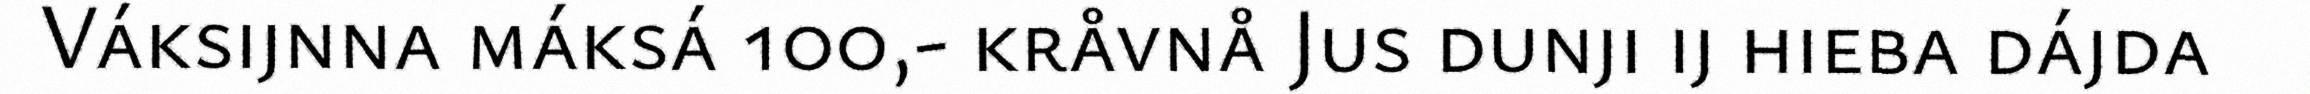
Váksijnna máksá 100,- kråvnå Jus dunji ij hieba dájda